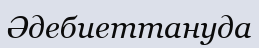
Әдебиеттануда